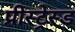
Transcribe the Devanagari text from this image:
प्रीस्ट्रेस्ड